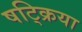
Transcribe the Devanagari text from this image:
षट्क्रिया